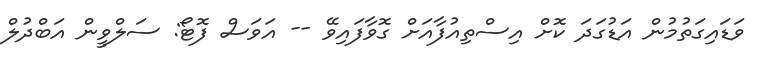
ވަޑައިގަތުމުން އަޑުގަދަ ކޮށް އިސްތިއުފާއަށް ގޮވާފައިވޭ -- އަވަސް ފޮޓޯ: ސަލްވީން އަބްދުލް